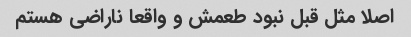
اصلا مثل قبل نبود طعمش و واقعا ناراضی هستم